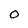
Character: O